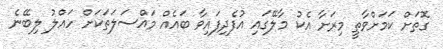
ގޮތަށް ކަމަށްވާތީ މިރަށާ އެކު މާލޭގައި އުފެދިފައިވާ ބައެއް މައްސަލަތަކަށް ހައްލު ލިބޭނެ